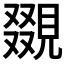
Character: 𧡏